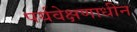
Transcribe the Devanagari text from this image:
पर्यवेक्षणाधीन